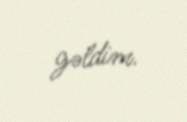
gəldim.